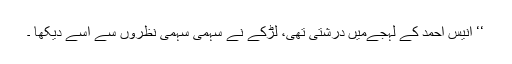
‘‘ انیس احمد کے لہجےمیں درشتی تھی، لڑکے نے سہمی سہمی نظروں سے اُسے دیکھا ۔